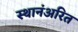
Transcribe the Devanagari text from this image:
स्थानंअरित